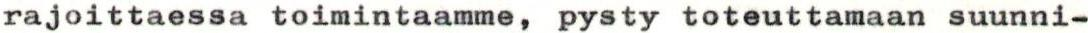
rajoittaessa toimintaamme, pysty toteuttamaan suunni-